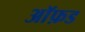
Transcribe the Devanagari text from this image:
आॅफ़ड